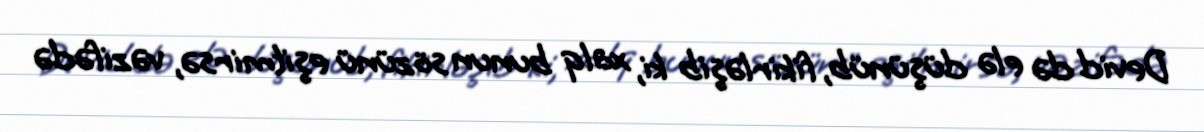
Devid də elə düşünüb, fikirləşib ki, xalq bunun sözünü eşitmirsə, vəzifədə